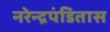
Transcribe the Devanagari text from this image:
नरेन्द्रपंडितास